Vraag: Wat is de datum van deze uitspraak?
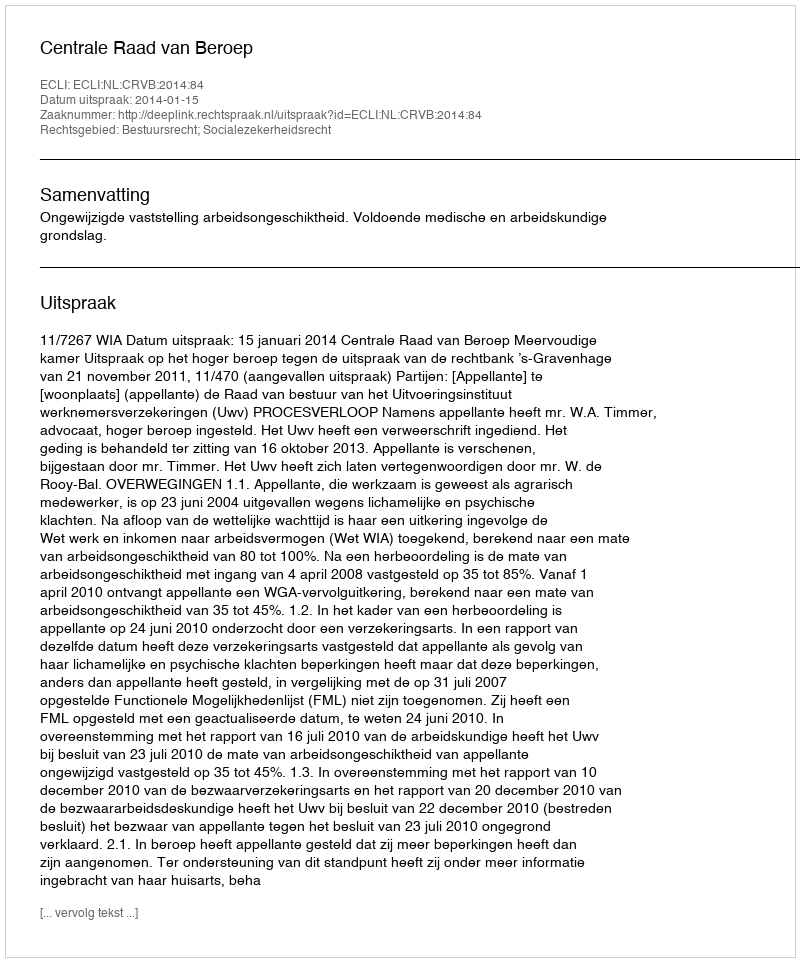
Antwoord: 2014-01-15